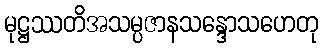
မုဋ္ဌဿတိအသမ္ပဇာနသန္ဒောသဟေတု